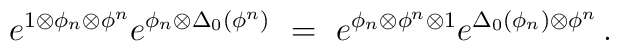
e^{1\otimes \phi_n\otimes \phi^n} e^{\phi_n\otimes\Delta_0(\phi^n)} \ = \ e^{\phi_n\otimes \phi^n\otimes 1}e^{\Delta_0(\phi_n)\otimes \phi^n}\,.